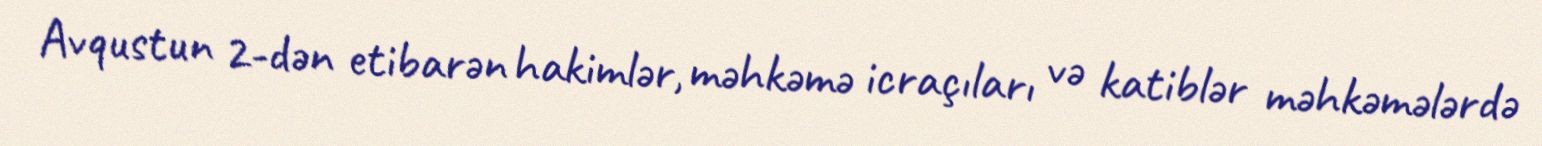
Avqustun 2-dən etibarən hakimlər, məhkəmə icraçıları və katiblər məhkəmələrdə